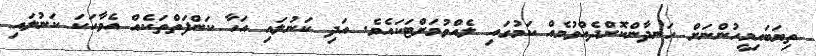
ތިޔަބައިމީހުންނަށް ހަނދާންކޮށްދެއްވުމެއް ކަމުގައި ލެއްވުމަށްޓަކައެވެ. އަދި ކަނުލައި އަހާ ކަންފަތްތަކެއް އެވާހަކަ ކަނުލައި